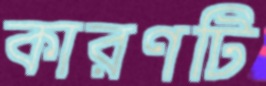
কারণটি